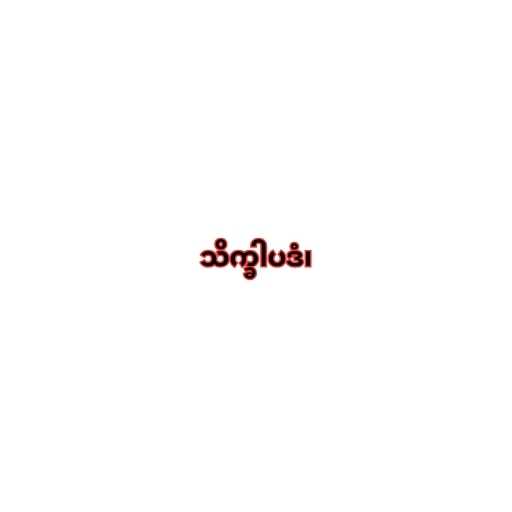
သိက္ခါပဒံ၊